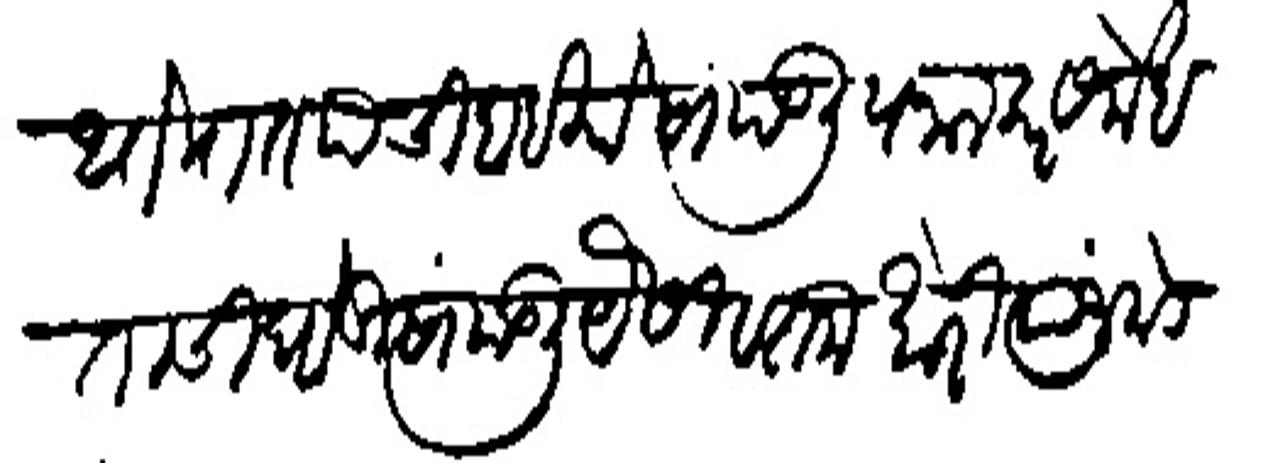
Transliteration (Devanagari): थोरात याची बाइको सांपडली पनालकर सर्नोबताची घोडी सांपडली पेसी हरामखोरी त्यांजकडे